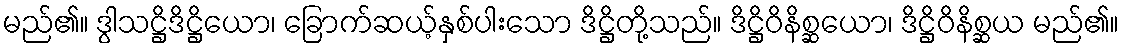
မည်၏။ ဒွါသဋ္ဌိဒိဋ္ဌိယော၊ ခြောက်ဆယ့်နှစ်ပါးသော ဒိဋ္ဌိတို့သည်။ ဒိဋ္ဌိဝိနိစ္ဆယော၊ ဒိဋ္ဌိဝိနိစ္ဆယ မည်၏။